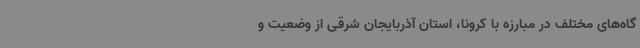
گاه‌های مختلف در مبارزه با کرونا، استان آذربایجان شرقی از وضعیت و